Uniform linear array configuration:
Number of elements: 48
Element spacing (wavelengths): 1
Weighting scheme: cosine
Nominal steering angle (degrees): -30
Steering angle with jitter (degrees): -31.593
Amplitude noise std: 0.05
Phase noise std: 0.05

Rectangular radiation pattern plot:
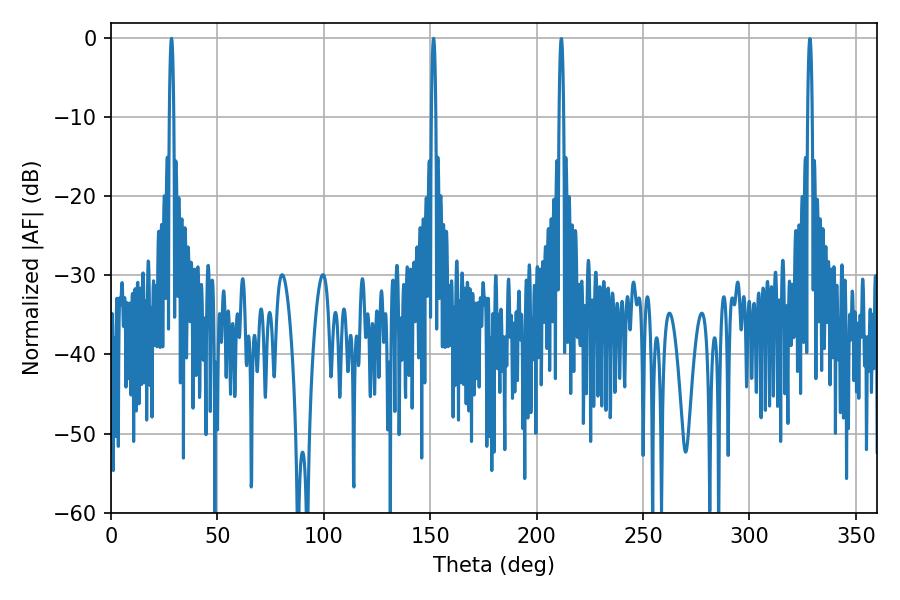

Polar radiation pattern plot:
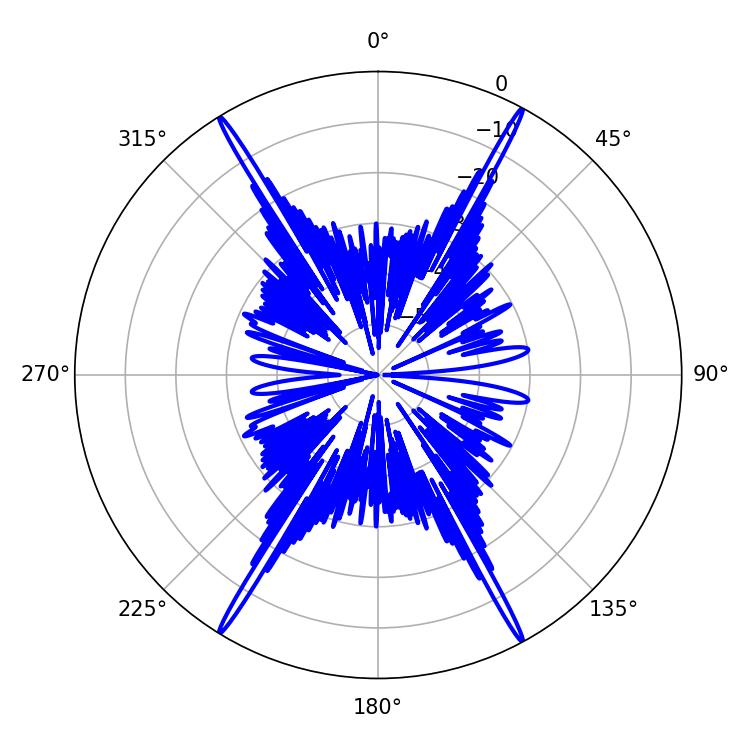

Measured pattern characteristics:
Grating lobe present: TRUE
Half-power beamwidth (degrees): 1.08
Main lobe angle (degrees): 151.56